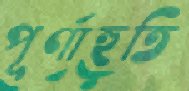
পূর্ণাহুতি